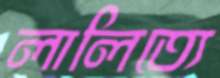
লালিত্যে